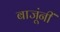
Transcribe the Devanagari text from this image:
बाजूंनीं